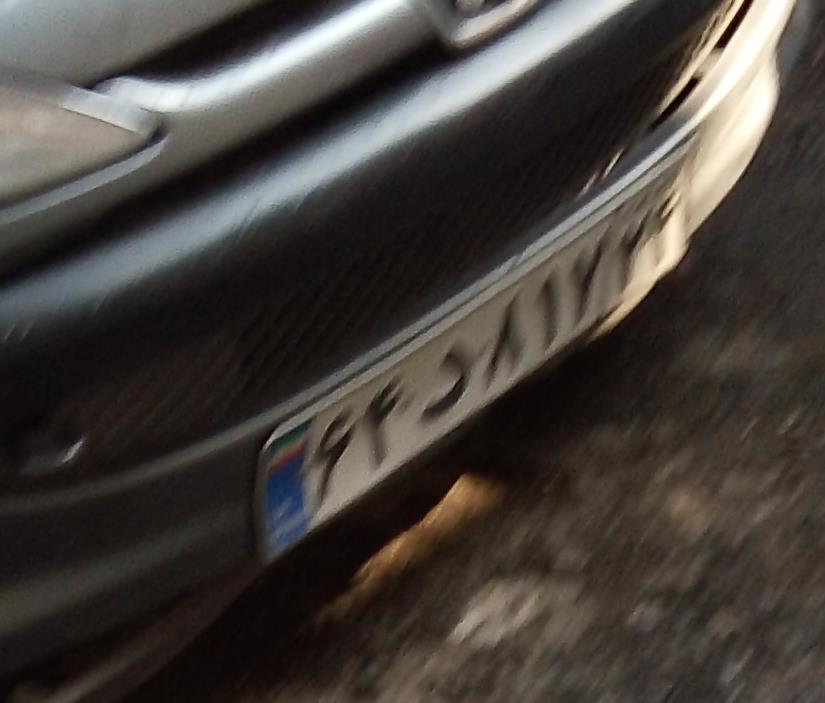
۶۴د۸۱۲۲۴